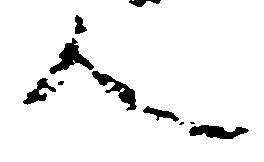
人